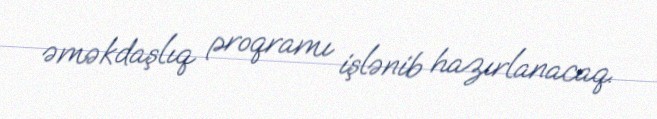
əməkdaşlıq proqramı işlənib hazırlanacaq.